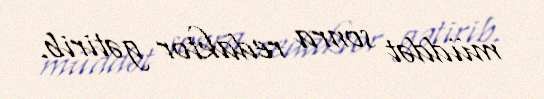
müddət sonra redaktor gətirib.